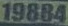
19884